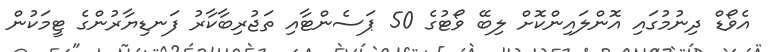
އެވޯޑް ދިނުމުގައި އޮންލައިންކޮށް ލިބޭ ވޯޓުގެ 50 ޕަސެންޓާއި ތަޖުރިބާކާރު ފަނޑިޔާރުންގެ ޓީމަކުން